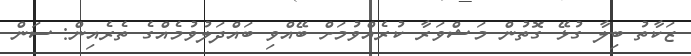
ޒަކާތު ބިލާ ގުޅޭ ގޮތުން މަޝްވަރާ ކުރެއްވުމަށް ބޭއްވި ބައްދަލުވުމެއްގެ ތެރެއިން: ސަން